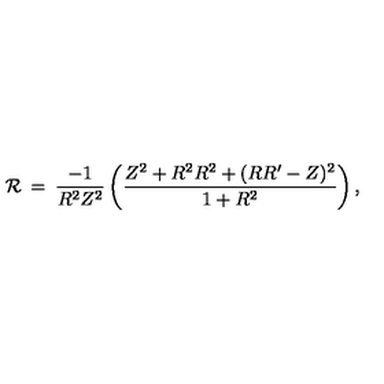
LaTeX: { \cal { R } } \: = \: \frac { - 1 } { R ^ { 2 } Z ^ { 2 } } \left( \frac { Z ^ { 2 } + R ^ { 2 } R ^ { 2 } + ( R R ^ { \prime } - Z ) ^ { 2 } } { 1 + R ^ { 2 } } \right) ,